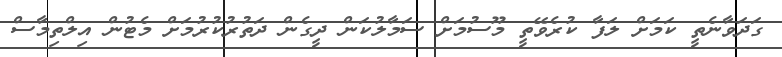
ގަދަވާނެތީ ކަމަށް ލަފާ ކުރެވޭތީ މޫސުމަށް ސަމާލުކަން ދީގެން ދަތުރުކުރުމަށް މެޓުން އިލްތިމާސް